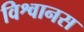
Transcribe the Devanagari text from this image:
विश्वानस